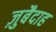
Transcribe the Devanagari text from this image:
ज़ुबैदाह